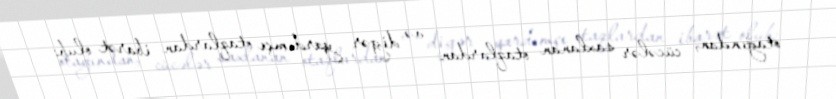
otağından, cücələr saxlanan otaqlardan və digər yardımçı otaqlardan ibarət olub: